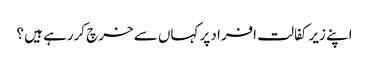
اپنے زیر کفالت افراد پر کہاں سے خرچ کررہے ہیں ؟